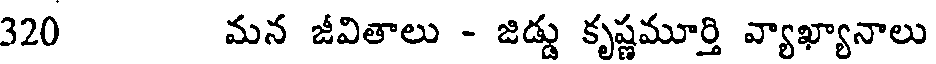
320 మన జీవితాలు - జిడ్డు కృష్ణమూర్తి వ్యాఖ్యానాలు